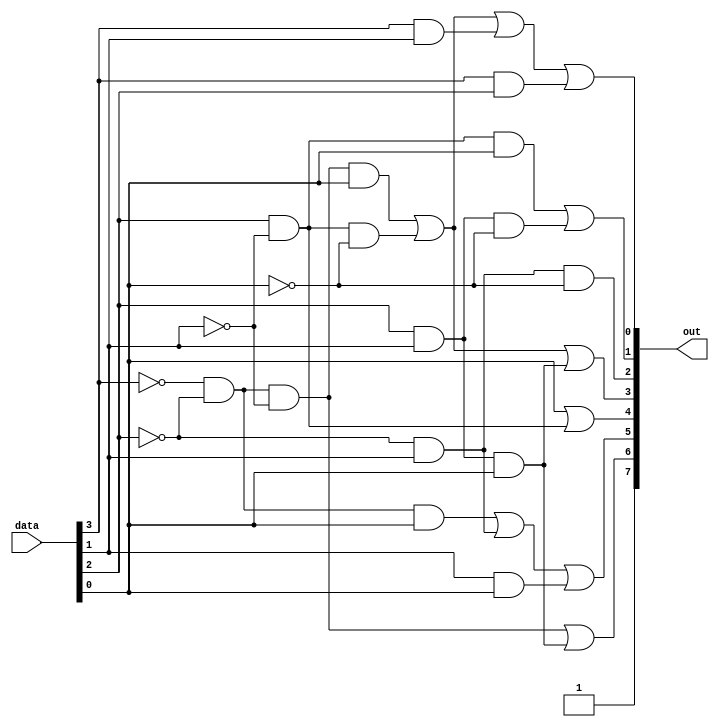
`timescale 1ns / 1ps
//////////////////////////////////////////////////////////////////////////////////
// Company: 
// Engineer: 
// 
// Design Name: 
// Module Name:    Seven_segment 
// Project Name: 
// Target Devices: 
// Tool versions: 
// Description: 
//
// Dependencies: 
//
// Revision: 
// Revision 0.01 - File Created
// Additional Comments: 
//
//////////////////////////////////////////////////////////////////////////////////
module Seven_segment(
    input [3:0] data,
	 output [7:0] out);

    assign out[0] = ~data[3] & ~data[2] & ~data[1] & data[0] | data[2] & ~data[1] & ~data[0] | data[3] & data[1] | data[3] & data[2];
	 assign out[1] = data[2] & ~data[1] & data[0] | data[2] & data[1] & ~data[0];
	 assign out[2] = ~data[2] & data[1] & ~data[0];
	 assign out[3] = ~data[3] & ~data[2] & ~data[1] & data[0] | data[2] & ~data[1] & ~data[0] | data[2] & data[1] & data[0];
	 assign out[4] = data[0] | data[2] & ~data[1];
	 assign out[5] = ~data[3] & ~data[2] & data[0] | ~data[2] & data[1] | data[1] & data[0];
	 assign out[6] = ~data[3] & ~data[2] & ~data[1] | data[2] & data[1] & data[0];
	 assign out[7] = 1'b1;

endmodule